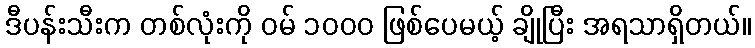
ဒီပန်းသီးက တစ်လုံးကို ဝမ် ၁၀၀၀ ဖြစ်ပေမယ့် ချိုပြီး အရသာရှိတယ်။